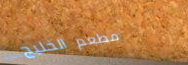
مطعم الخليج